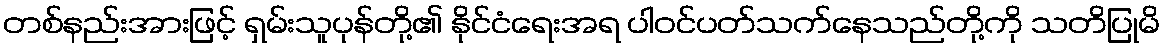
တစ်နည်းအားဖြင့် ရှမ်းသူပုန်တို့၏ နိုင်ငံရေးအရ ပါဝင်ပတ်သက်နေသည်တို့ကို သတိပြုမိ